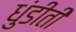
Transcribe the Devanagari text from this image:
धुंडीती